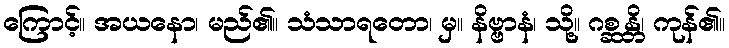
ကြောင့်။ အယနော၊ မည်၏။ သံသာရတော၊ မှ။ နိဗ္ဗာနံ၊ သို့။ ဂစ္ဆန္တိ၊ ကုန်၏။